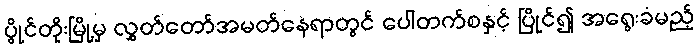
ပွိုင်တိုးမြို့မှ လွှတ်တော်အမတ်နေရာတွင် ပေါတက်စနှင့် ပြိုင်၍ အရွေးခံမည့်